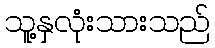
သူ့နှလုံးသားသည်